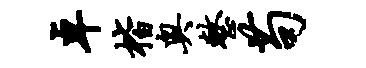
卓楷奥整苟